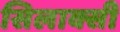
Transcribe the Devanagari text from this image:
सिलाक्सी